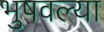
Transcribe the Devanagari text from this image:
भुषवल्या